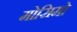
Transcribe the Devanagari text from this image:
मोसिमो